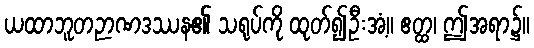
ယထာဘူတဉာဏဒဿန၏ သရုပ်ကို ထုတ်၍ဦးအံ့။ ဧတ္ထ၊ ဤအရာ၌။